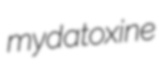
mydatoxine